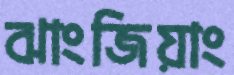
ঝাংজিয়াং